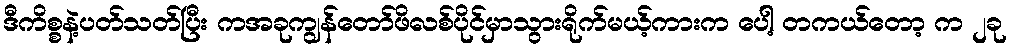
ဒီကိစ္စနဲ့ပတ်သတ်ပြီး ကအခုကျွန်တော်ဖိလစ်ပိုင်မှာသွားရိုက်မယ့်ကားက ပေါ့ တကယ်တော့ က ၂ခု